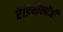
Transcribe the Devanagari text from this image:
रेडियोलॉंजी